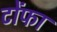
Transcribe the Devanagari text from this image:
टोंफा